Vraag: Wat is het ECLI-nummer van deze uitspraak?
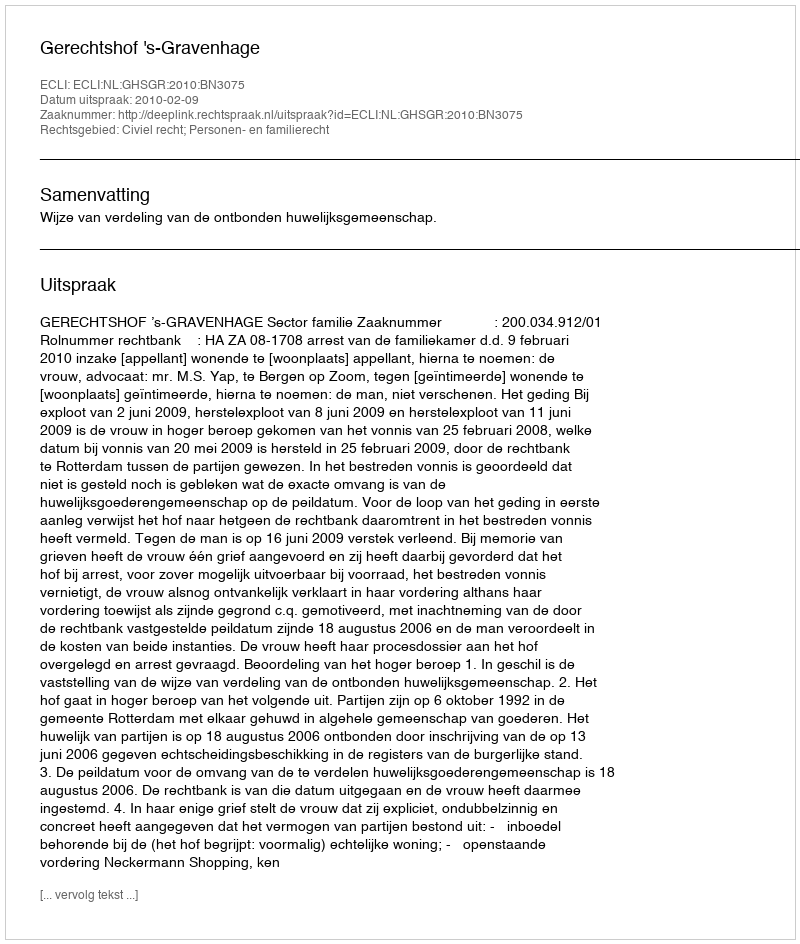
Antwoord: ECLI:NL:GHSGR:2010:BN3075